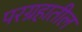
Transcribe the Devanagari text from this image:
परग्रहातील